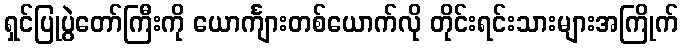
ရှင်ပြုပွဲတော်ကြီးကို ယောင်္ကျားတစ်ယောက်လို တိုင်းရင်းသားများအကြိုက်